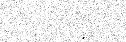
: